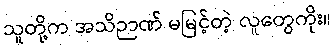
သူတို့က အသိဉာဏ် မမြင့်တဲ့ လူတွေကိုး။